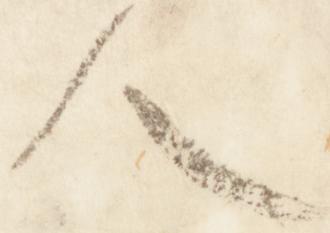
人